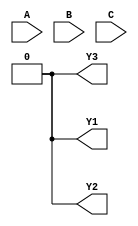
module fuse_based_PLA (
    input wire [2:0] A,     // 3-bit input (A0, A1, A2)
    input wire [2:0] B,     // 3-bit input (B0, B1, B2)
    input wire [2:0] C,     // 3-bit input (C0, C1, C2)
    output wire Y1,         // Output Y1
    output wire Y2,         // Output Y2
    output wire Y3          // Output Y3
);

// Define the number of AND gates and product terms
parameter NUM_AND_GATES = 4;
parameter NUM_OUTPUTS = 3;

// Product terms from the AND gates
wire [NUM_AND_GATES-1:0] P; // Product terms (P0, P1, P2, P3)

// Programmable AND gates
generate
    genvar i;
    for (i = 0; i < NUM_AND_GATES; i = i + 1) begin : AND_GATES
        // Each AND gate can be configured with a set of inputs
        // The connections are represented by fuses (1 for connected, 0 for blown)
        wire fuse_A = (i == 0) ? A[0] : 1'b0; // Example configuration
        wire fuse_B = (i == 1) ? B[1] : 1'b0; // Example configuration
        wire fuse_C = (i == 2) ? C[2] : 1'b0; // Example configuration
        wire fuse_AB = (i == 3) ? (A[0] & B[0]) : 1'b0; // Example configuration

        assign P[i] = fuse_A & fuse_B & fuse_C & fuse_AB; // AND operation
    end
endgenerate

// Fixed OR gates combining product terms to generate outputs
assign Y1 = P[0] | P[1]; // Example logic for output Y1
assign Y2 = P[1] | P[2]; // Example logic for output Y2
assign Y3 = P[2] | P[3]; // Example logic for output Y3

endmodule